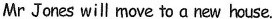
Mr Jones will move to a new house,